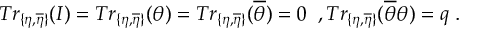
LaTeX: T r _ { \{ \eta , \overline { { { \eta } } } \} } ( I ) = T r _ { \{ \eta , \overline { { { \eta } } } \} } ( \theta ) = T r _ { \{ \eta , \overline { { { \eta } } } \} } ( \overline { { { \theta } } } ) = 0 \; \; , T r _ { \{ \eta , \overline { { { \eta } } } \} } ( \overline { { { \theta } } } \theta ) = q \; .